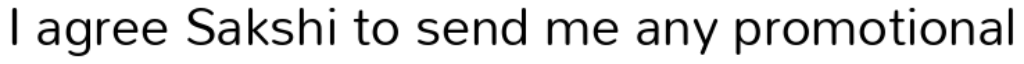
I agree Sakshi to send me any promotional